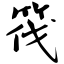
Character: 筏